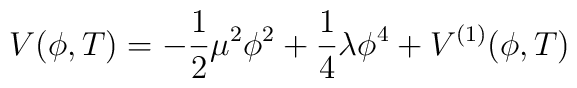
V(\phi ,T)=-{\frac{1}{2}}\mu ^{2}\phi ^{2}+\frac{1}{4}\lambda \phi^{4}+V^{(1)}(\phi ,T)